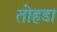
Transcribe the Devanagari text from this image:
तोहडा